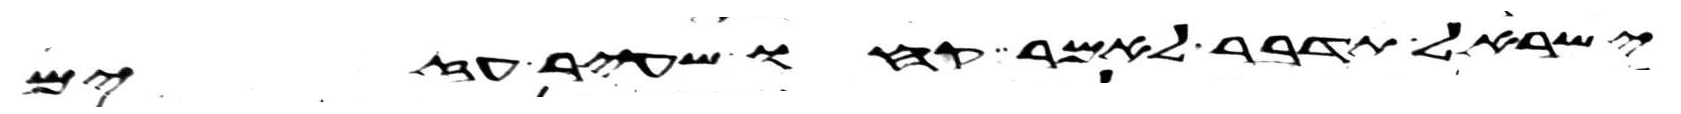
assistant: ישראל תדבר לאמר קחו שעיר עזים